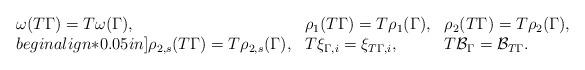
LaTeX: \begin{align*}\begin{array}{lll}\omega(T\Gamma)=T\omega(\Gamma),&\rho_1(T\Gamma)=T\rho_1(\Gamma),&\rho_2(T\Gamma)=T\rho_2(\Gamma),\\begin{align*}0.05in]\rho_{2,s}(T\Gamma)=T\rho_{2,s}(\Gamma),&T\xi_{\Gamma,i}=\xi_{T\Gamma,i},&T\mathcal{B}_\Gamma=\mathcal{B}_{T\Gamma}.\end{array}\end{align*}